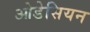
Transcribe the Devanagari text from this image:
ओडेसियन